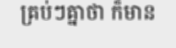
គ្រប់ៗគ្នាថា ក៏មាន